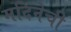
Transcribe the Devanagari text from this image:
मदिनेची